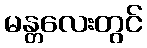
မန္တလေးတွင်